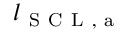
l _ { \mathrm { ~ S ~ C ~ L ~ , ~ a ~ } }